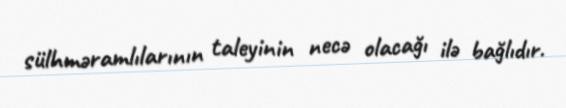
sülhməramlılarının taleyinin necə olacağı ilə bağlıdır.